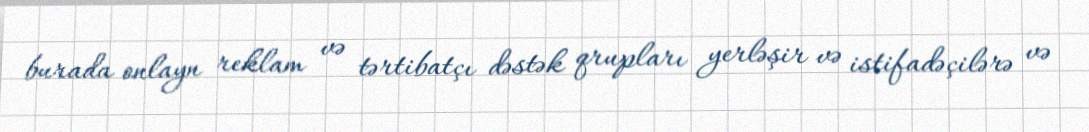
burada onlayn reklam və tərtibatçı dəstək qrupları yerləşir və istifadəçilərə və